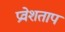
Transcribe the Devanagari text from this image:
प्रवेशताप